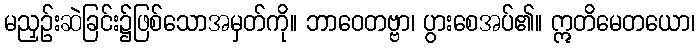
မညှဉ်းဆဲခြင်း၌ဖြစ်သောအမှတ်ကို။ ဘာဝေတဗ္ဗာ၊ ပွားစေအပ်၏။ ဣတိမေတယော၊